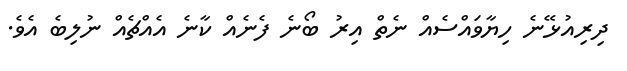
ދިރިއުޅޭނެ ހިޔާވައްސެއް ނެތް އިރު ބޯނެ ފެނެއް ކާނެ އެއްޗެއް ނުލިބެ އެވެ.